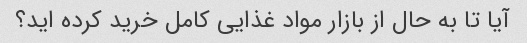
آیا تا به حال از بازار مواد غذایی کامل خرید کرده اید؟